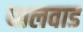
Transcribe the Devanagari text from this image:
घालवाड